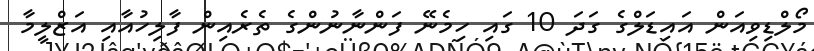
މޯލްޑިވިއަން އައިޑަލްގެ ގަދަ 10 ގައި ހިމެނޭ ފަންނާނުންގެ ތެރެއިން ފާލިހުއާއި އަޒްލީމާ